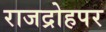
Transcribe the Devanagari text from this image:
राजद्रोहपर